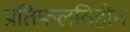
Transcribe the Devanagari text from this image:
प्रतिफलविहीन